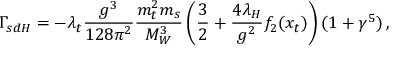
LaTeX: \Gamma _ { s d H } = - \lambda _ { t } \frac { g ^ { 3 } } { 1 2 8 \pi ^ { 2 } } \frac { m _ { t } ^ { 2 } m _ { s } } { M _ { W } ^ { 3 } } \left( \frac { 3 } { 2 } + \frac { 4 \lambda _ { H } } { g ^ { 2 } } f _ { 2 } ( x _ { t } ) \right) ( 1 + \gamma ^ { 5 } ) \, ,